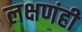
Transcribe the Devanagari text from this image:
लक्षणंही